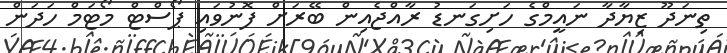
ތިނަދޫ ޒިޔާދާ ނައީމްގެ ހަށިގަނޑު ރާއްޖެއިން ބޭރަށް ފޮނުވައި ޕޯސްޓް މޯޓަމް ހަދަން